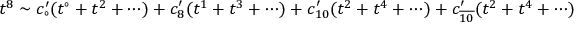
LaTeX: t ^ { 8 } \sim c _ { \circ } ^ { \prime } ( t ^ { \circ } + t ^ { 2 } + \cdots ) + c _ { 8 } ^ { \prime } ( t ^ { 1 } + t ^ { 3 } + \cdots ) + c _ { 1 0 } ^ { \prime } ( t ^ { 2 } + t ^ { 4 } + \cdots ) + c _ { \overline { { { 1 0 } } } } ^ { \prime } ( t ^ { 2 } + t ^ { 4 } + \cdots )